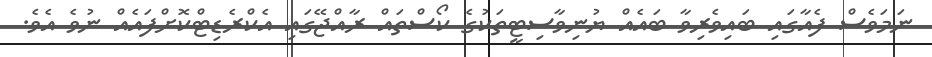
ނަމަވެސް ފެއާގައި ބައިވެރިވާ ބައެއް ޔުނިވާސިޓީތަކުގެ ކޯސްތައް ރާއްޖޭގައި އެކްރެޑިޓްކޮށްފައެއް ނުވެ އެވެ.